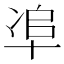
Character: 𠦥